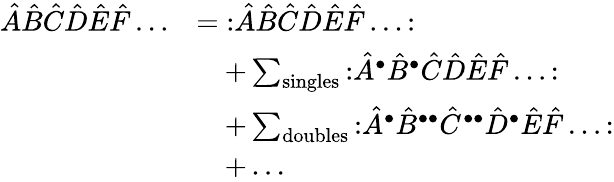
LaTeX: {\begin{array}{rl}{{\hat{A}}{\hat{B}}{\hat{C}}{\hat{D}}{\hat{E}}{\hat{F}}\ldots}&{={\mathopen{:}}{\hat{A}}{\hat{B}}{\hat{C}}{\hat{D}}{\hat{E}}{\hat{F}}\ldots{\mathclose{:}}}\\ &{\quad+\sum_{\mathrm{singles}}{\mathopen{:}}{\hat{A}}^{\bullet}{\hat{B}}^{\bullet}{\hat{C}}{\hat{D}}{\hat{E}}{\hat{F}}\ldots{\mathclose{:}}}\\ &{\quad+\sum_{\mathrm{doubles}}{\mathopen{:}}{\hat{A}}^{\bullet}{\hat{B}}^{\bullet\bullet}{\hat{C}}^{\bullet\bullet}{\hat{D}}^{\bullet}{\hat{E}}{\hat{F}}\ldots{\mathclose{:}}}\\ &{\quad+\ldots}\end{array}}